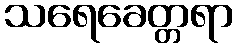
သရေခေတ္တရာ